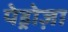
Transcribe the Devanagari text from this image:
पेड्रोज़ा